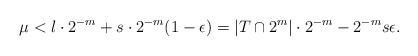
\begin{align*}\mu < l\cdot 2^{-m} + s \cdot 2^{-m}(1-\epsilon)=|T\cap 2^m|\cdot 2^{-m}-2^{-m}s\epsilon . \end{align*}